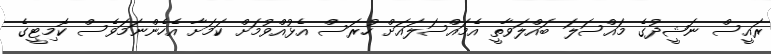
ރައީސް ނަޝީދުގެ މައްސަލަ ބައްލަވާތީ އެމައްސަލައަށް ހުރަަސް އެޅުއްވުމަށް ކަމަށާ އެހެންނަމަވެސް ކޮމިޓީގެ